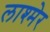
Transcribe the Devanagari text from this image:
लाश्मेर